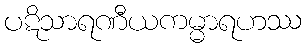
ပဋိသာရဏီယကမ္မာရဟဿ